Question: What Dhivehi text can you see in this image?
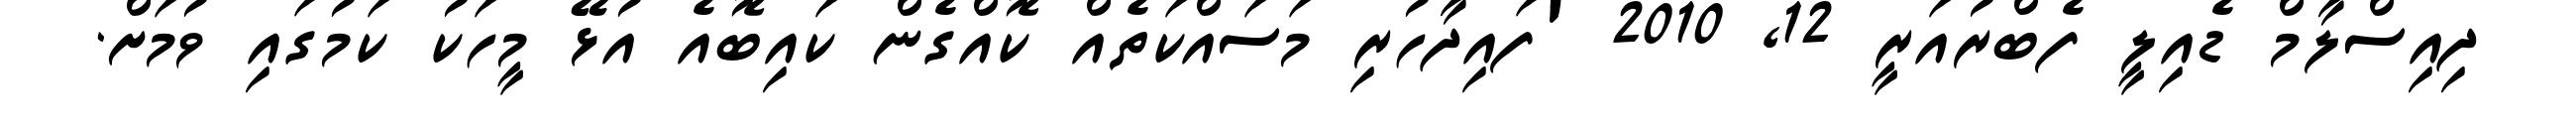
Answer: ދިއިސްލާމް ޑެއިލީ ފެބްރުއަރީ 12, 2010 'ފައިދާހުރި މަސައްކަތެއް ކޮއްގެން ކައިބޮއެ އުޅޭ މީހަކު ކަމުގައި ވުމަށް.